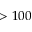
> 1 0 0